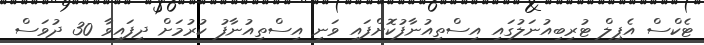
ޓެކްސް އެޕީލް ޓުރިބިއުނަލުގައި އިސްތިއުނާފުކޮށްފައި ވަނީ އިސްތިއުނާފު ކުރުމަށް ދީފައިވާ 30 ދުވަސް